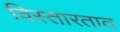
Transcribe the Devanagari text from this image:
विस्तारतात